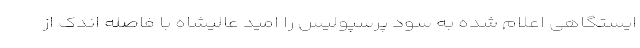
ایستگاهی اعلام شده به سود پرسپولیس را امید عالیشاه با فاصله اندک از